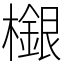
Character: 檭